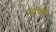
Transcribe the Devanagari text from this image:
जीब्वित